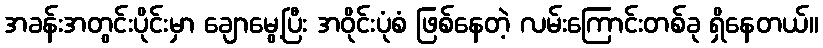
အခန်းအတွင်းပိုင်းမှာ ချောမွေ့ပြီး အဝိုင်းပုံစံ ဖြစ်နေတဲ့ လမ်းကြောင်းတစ်ခု ရှိနေတယ်။